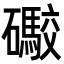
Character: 礮